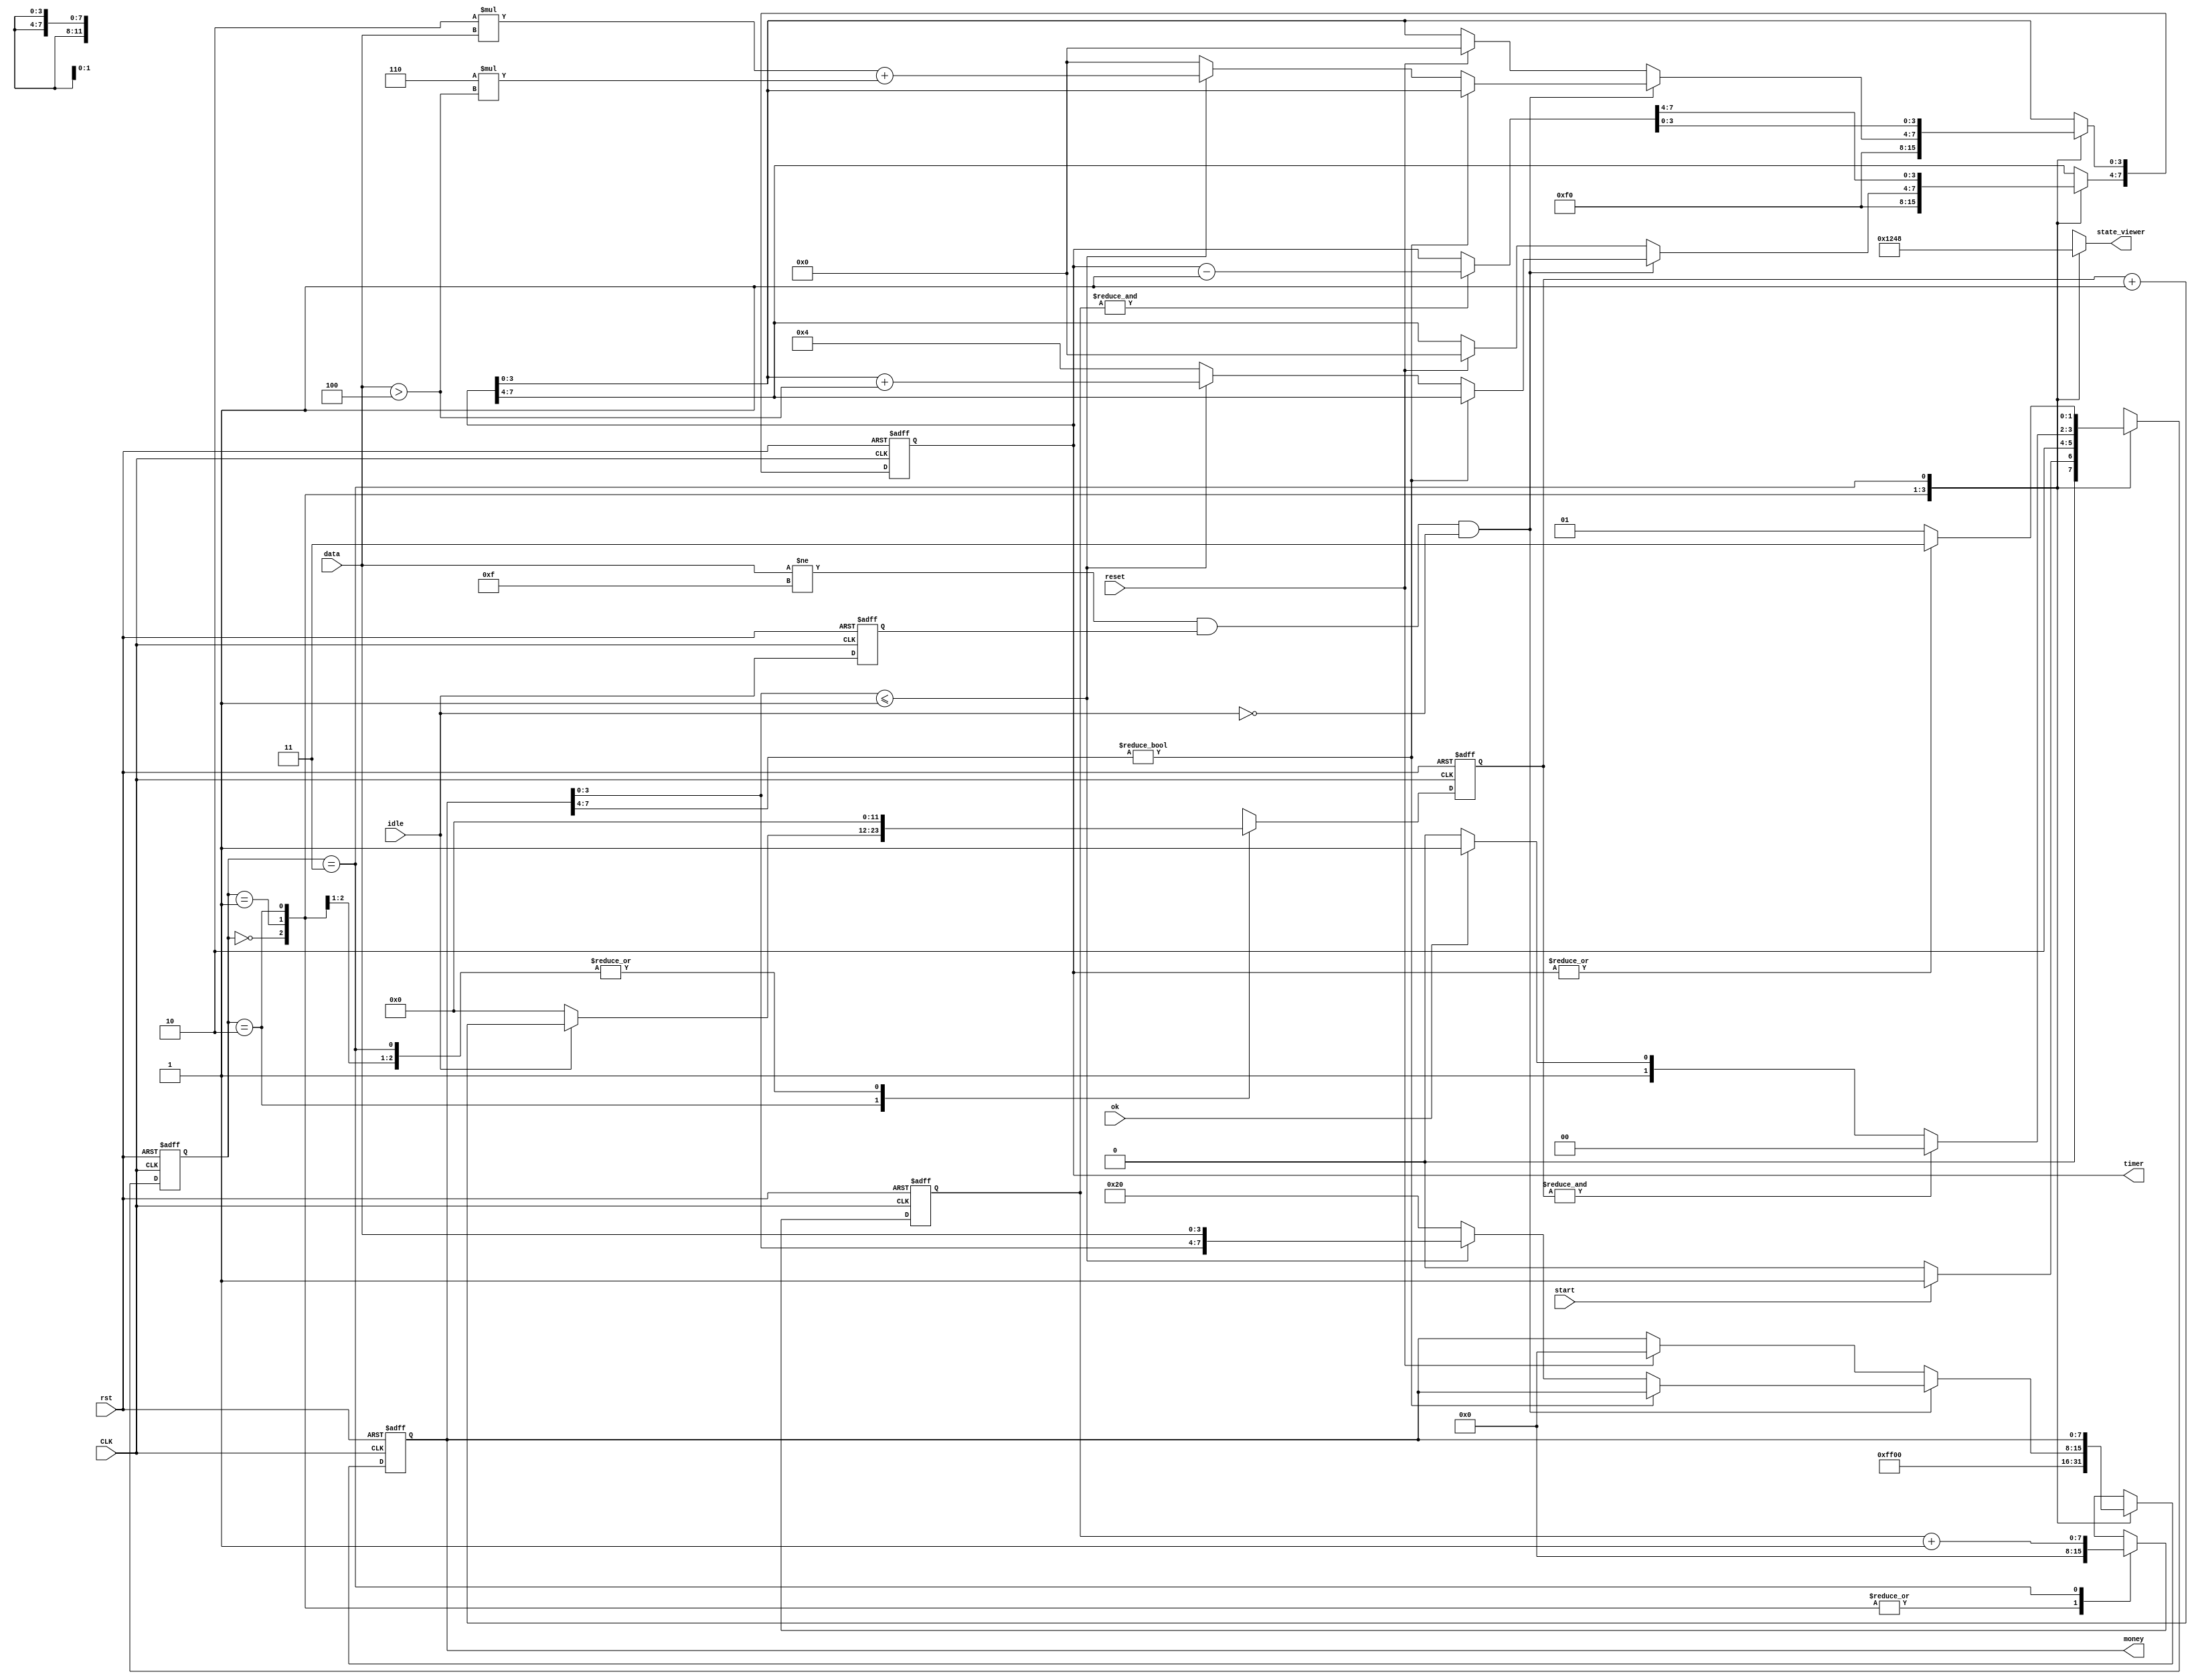
module control_sim
(
    input idle,
    input[3:0] data,
    input start,
    input reset,
    input ok,
    input CLK, // 381Hz
    input rst,
    output reg[7:0] money,
    output reg[7:0] timer,
	output reg[3:0] state_viewer 
);

localparam TEN_FULL = 12'hfff, ONE_FULL = 8'hff;
localparam INIT = 2'b00, START = 2'b01, INPUT = 2'b10, CHARGE =2'b11;
reg[1:0] state;
reg[11:0] ten_cnt;
reg[7:0] one_cnt;
reg ten_cnt_reset;
reg one_cnt_reset;
wire is_ten_full;
wire is_one_full;
wire is_charge_over;
reg money_change;
reg hide_time_money, reset_money, reset_time, hold_money, set_by_money;
reg idle_last;
localparam HIDE_NUM = 4'b1111;
localparam ERROR_NUM = 4'b1111;

assign is_charge_over = !(|timer);
assign is_ten_full = &ten_cnt;
assign is_one_full = &one_cnt;

always @(posedge CLK or posedge rst) begin
    if (rst) 
    begin
        state <= INIT;
        idle_last <= 1;
        ten_cnt <= 0;
        one_cnt <= 0;
        money <= {HIDE_NUM, HIDE_NUM};
        timer <= {HIDE_NUM, HIDE_NUM};
    end
    else
    begin
        idle_last <= idle;
        case (state)
        INIT:
            begin
                ten_cnt <= 0;
                one_cnt <= 0;
                money <= {HIDE_NUM, HIDE_NUM};
                timer <= {HIDE_NUM, HIDE_NUM};
                if (start)
                    state <= START;
                else
                    state <= INIT;
            end
        START:
            begin
                ten_cnt <= 0;
                one_cnt <= 0;
                money <= 0;
                timer <= 0;
                state <= INPUT;
            end
        INPUT:
            begin
                ten_cnt <= idle ? ten_cnt + 1 : 0; 
                one_cnt <= 0;
                if (is_ten_full)
                    state <= INIT;
                else if (!ok)
                    state <= INPUT;
                else
                    state <= CHARGE;
                if (data != ERROR_NUM && idle_last == 1 && idle == 0)
                begin
                    // if (money[3:0] <= 1)
                    //     money[7:0] <= {money[3:0] ,data}; 
                    // else
                    //     money[7:0] <= 8'b0010_0000;
                    if (money[7:4] != 0)
                    begin
                        money <= money;
                    end
                    else
                    begin
                        if (money[3:0] <= 1)
								begin
									money[7:0] <= {money[3:0] ,data}; 
									timer[7:4] <= timer[3:0] + (data > 4);
									timer[3:0] <=  2 * data + 6 * (data > 4);
								end
                        else
								begin
									money[7:0] <= 8'b0010_0000;
									timer[7:0] <= 8'b0100_0000;
								end
                    end
                end
                else if (reset) 
					 begin
                    money <= 0;
						  timer <= 0;
					 end
                else
					 begin
                    money <= money;
						  timer <= timer;
					 end
                /*timer[7:4] <= 2 * money[7:4] + (money[3:0] > 4'b0100);
                timer[3:0] <= 2 * money[3:0] + 6 * (money[3:0] > 4'b0100);*/
            end
        CHARGE:
            begin
                ten_cnt <= 0;
                one_cnt <= one_cnt + 1;
                money <= money;
                timer <= is_one_full ? timer - 1 : timer;
                if (is_charge_over)
                    state <= START;
                else
                    state <= CHARGE;
            end
		default:
				state <= INIT;
    endcase
    end
end

always @(state) begin
    case (state)
        INIT:
            begin
				state_viewer = 4'b0001;
            end
        START:
            begin
				state_viewer = 4'b0010;
            end
        INPUT:
            begin
				state_viewer = 4'b0100;
            end
        CHARGE:
            begin
				state_viewer = 4'b1000;
            end
    endcase
end

endmodule